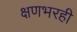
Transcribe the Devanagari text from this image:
क्षणभरही